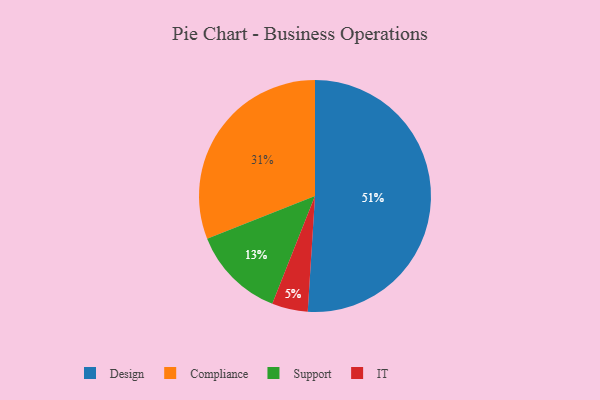
{"axis": {"x": "Category", "y": "Percentage"}, "legend": ["Compliance", "Design", "IT", "Support"], "data": [{"x": "Design", "y": 51, "type": "Design"}, {"x": "IT", "y": 5, "type": "IT"}, {"x": "Support", "y": 13, "type": "Support"}, {"x": "Compliance", "y": 31, "type": "Compliance"}]}